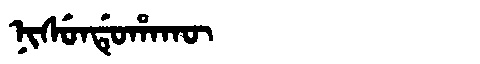
Manchu: ᠨᡳᠰᡠᠨᡩᡠᡥᠠᡴᡡ
Romanization: NISUNDUHAKŪ